Medical and sanitary report of the native army of Madras for the year
Year: 1878
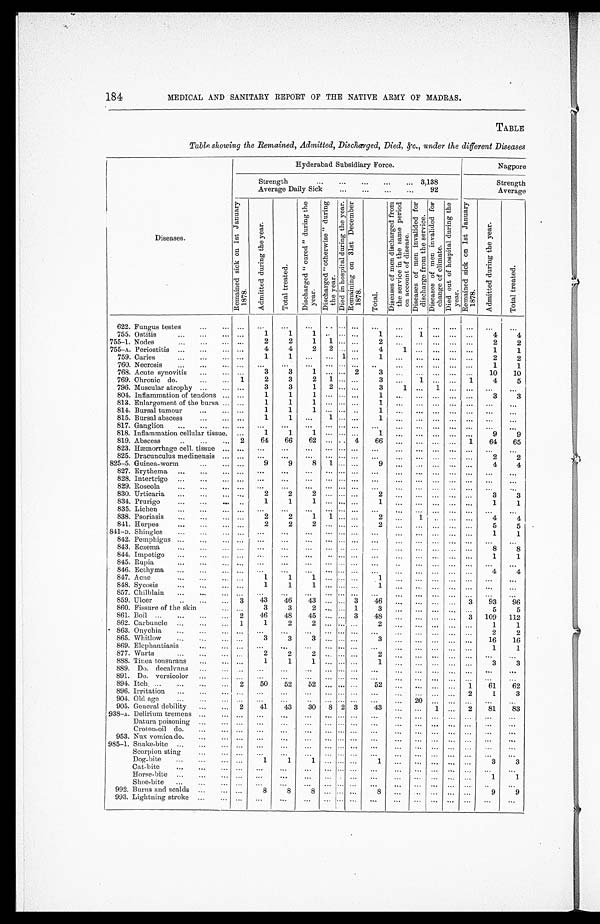
184
MEDICAL AND SANITARY REPORT OF THE NATIVE ARMY OF MADRAS.
TABLE
Table showing the Remained, Admitted, Discharged, Died, &c., under the different Diseases
Hyderabad Subsidiary Force.
Nagpore
Strength . . . 3,138
Strength
Average Daily Sick . . .92
Average
Diseases.
R e m a i n e d s i c k o n 1 s t J a n u a r y 1 8 7 8 .
A d m i t t e d d u r i n g t h e y e a r .
T o t a l t r e a t e d .
D i s c h a r g e d " c u r e d " d u r i n g t h e y e a r .
D i s c h a r g e d " o t h e r w i s e " d u r i n g t h e y e a r .
D i e d i n h o s p i t a l d u r i n g t h e y e a r . R e m a i n i n g o n 3 1 s t D e c e m b e r 1 8 7 8 .
T o t a l .
D i s e a s e s o f m e n d i s c h a r g e d f r o m t h e s e r v i c e i n t h e s a m e p e r i o d o n a c c o u n t o f d i s e a s e .
D i s e a s e s o f m e n i n v a l i d e d f o r d i s c h a r g e f r o m t h e s e r v i c e .
D i s e a s e s o f m e n i n v a l i d e d f o r c h a n g e o f c l i m a t e .
D i e d o u t o f h o s i p t a l d u r i n g t h e y e a r .
R e m a i n e d s i c k o n 1 s t J a n u a r y 1 8 7 8 .
A d m i t t e d d u r i n g t h e y e a r .
T o t a l t r e a t e d .
622. Fungus testes
. . .
. . .
. . .
. . .
. . .
. . .
. . .
. . .
. . .
. . .
. . .
. . .
. . .
. . .
. . .
. . .
755. Ostitis
. . .
. . .
1
1
1 . . .
. . .
. . .
1
. . .
1 . . .
. . .
. . .
4
4
755-1. Nodes. . .
. . .
2
2
1
1 . . .
. . .
2
. . .
. . .
. . .
. . .
. . .
2
2
755-A. Periostitis
. . .
. . .
4
4
2
2
. . .
. . .
4
1
. . .
. . .
. . .
. . .
1
1
759. Caries
. . .
. . .
1
1
. . .
. . . 1
. . .
1
. . .
. . . . . .
. . .
. . .
2
2
760. Necrosis
. . .
. . .
. . .
. . .
. . .
. . .
. . .
. . .
. . .
. . .
. . .
. . .
. . .
. . .
1
1
768. Acute synovitis
. . .
. . .
3
3
1
. . .
. . . 2
3
. . .
. . .
. . .
. . .
. . .
10
10
769. Chronic do.
. . .
1
2
3
2
1
. . .
. . .
3
. . .
1 . . .
. . . 1
4
5
796. Muscular atrophy
. . .
. . .
3
3
1
2 . . .
. . .
3
1
. . .
1
. . .
. . .
. . .
. . .
804. Inflammation of tendons . . .
. . .
1
1
1
. . .
. . .
. . .
1
. . .
. . .
. . .
. . .
. . .
3
3
813. Eulargoment of the bursa . . .
. . .
1
1
1
. . .
. . .
. . .
1
. . .
. . .
. . .
. . .
. . .
. . .
. . .
814. Bursal tumour
. . .
. . .
1
1
1
. . . . . .
. . .
1
. . .
. . .
. . .
. . .
. . .
. . .
. . .
815. Bursal abscess
. . .
. . .
1
1
. . .
1
. . .
. . .
1
. . .
. . .
. . .
. . .
. . .
. . .
. . .
817. G anglion . . .
. . .
. . .
. . .
. . .
. . .
. . .
. . .
. . .
. . .
. . . . . .
. . .
. . . . . .
. . .
818. Inflammation cellular tissue.
. . .
1
1
1
. . .
. . .
. . .
1
. . .
. . .
. . .
. . .
. . .
9
9
819. Abscess
. . . 2
64
66
62
. . . . . . 4
66
. . .
. . . . . .
. . . 1
64
65
823. Hæmorrhage cell. tissue. . .
. . .
. . .
. . .
. . .
. . .
. . .
. . .
. . .
. . .
. . .
. . .
. . .
. . .
. . .
. . .
825. Dracunculus medinensis . . .
. . .
. . .
. . .
. . .
. . .
. . .
. . .
. . .
. . .
. . .
. . .
. . .
. . .
2
2
825-5. Guinea-worm
. . .
. . .
9
9
8
1
. . .
. . .
9
. . .
. . . . . .
. . .
. . .
4
4
827. Erythema . . .
. . .
. . .
. . .
. . .
. . .
. . .
. . .
. . .
. . .
. . .
. . .
. . .
. . .
. . .
. . .
828. Intertrigo
. . .
. . .
. . .
. . .
. . .
. . .
. . .
. . .
. . .
. . .
. . .
. . .
. . .
. . .
. . .
. . .
829. Roseola
. . .
. . .
. . .
. . .
. . .
. . .
. . .
. . .
. . .
. . .
. . .
. . .
. . .
. . .
. . .
. . .
830. Urticaria. . .
. . .
2
2
2
. . . . . .
. . .
2
. . .
. . .
. . .
. . .
. . .
3
3
834. Prurigo
. . .
. . .
1
1
1
. . . . . .
. . .
1
. . .
. . . . . .
. . .
. . .
1
1
835. Lichen
. . .
. . .
. . .
. . .
. . .
. . . . . .
. . .
. . .
. . .
. . .
. . .
. . .
. . .
. . .
. . .
838. Psoriasis
. . .
. . .
2
2
1
1 . . .
. . .
2
. . .
1
. . .
. . .
. . .
4
4
841. Herpes
. . .
. . .
2
2
2
. . . . . .
. . .
2
. . .
. . .
. . .
. . .
. . .
5
5
841-D. Shingles . . .
. . .
. . .
. . .
. . .
. . .
. . .
. . .
. . .
. . .
. . .
. . .
. . .
. . .
1
1
842. Pemphigus
. . .
. . .
. . .
. . .
. . .
. . . . . .
. . .
. . .
. . .
. . .
. . .
. . .
. . .
. . .
. . .
843. Eczema
. . .
. . .
. . .
. . .
. . .
. . .
. . .
. . .
. . .
. . .
. . .
. . .
. . .
. . .
8
8
844. Impetigo
. . .
. . .
. . .
. . .
. . .
. . . . . .
. . .
. . .
. . .
. . .
. . .
. . .
. . .
1
1
845. Rupia
. . .
. . .
. . .
. . .
. . .
. . . . . .
. . .
. . .
. . .
. . .
. . .
. . .
. . .
. . .
. . .
846. Ecthyma
. . .
. . .
. . .
. . .
. . .
. . . . . .
. . .
. . .
. . .
. . .
. . .
. . .
. . .
4
4
847. A c n e . . .
. . .
1
1
1
. . . . . .
. . .
1
. . .
. . .
. . .
. . .
. . .
. . .
. . .
848. Sycosis
. . .
. . .
1
1
1
. . . . . .
. . .
1
. . .
. . .
. . .
. . .
. . .
. . .
. . .
857. Chilblain
. . .
. . .
. . .
. . .
. . .
. . .
. . .
. . .
. . .
. . .
. . .
. . . . . .
. . . . . .
. . .
859. Ulcer
. . . 3
43
46
43
. . .
. . . 3
46
. . .
. . .
. . .
. . .
3
93
96
860. Fissure of the skin . . .
. . .
3
3
2
. . .
. . . 1
3
. . .
. . .
. . .
. . .
. . .
5
5
861. Boil
. . . 2
46
48
45
. . .
. . . 3
4
. . .
. . .
. . .
. . .
3
109
112
862. Carbuncle
. . .
1
1
2
2
. . . . . .
. . .
. . .
. . .
. . .
. . .
. . .
. . .
1
1
863. Onychia
. . .
. . .
. . .
. . .
. . .
. . .
. . .
. . .
. . .
. . .
. . .
. . .
. . .
. . .
2
2
865. Whitlow
. . .
. . .
3
3
3
. . . . . .
. . .
3
. . .
. . .
. . .
. . .
. . .
16
16
869 . Elephantiasis
. . .
. . .
. . .
. . .
. . .
. . .
. . .
. . .
. . .
. . .
. . .
. . .
. . .
. . .
1
1
877. Warts
. . .
. . .
2
2
2
. . . . . .
. . .
2
. . .
. . .
. . .
. . .
. . .
. . .
. . .
888. Tinea tonsurans
. . .
. . .
1
1
1
. . . . . .
. . .
1
. . .
. . .
. . .
. . .
. . .
3
3
889. Do. decalvans . . .
. . .
. . .
. . .
. . .
. . .
. . .
. . .
. . .
. . .
. . .
. . .
. . .
. . .
. . .
. . .
89 1. Do. versicolor. . .
. . .
. . .
. . .
. . .
. . .
. . .
. . .
. . .
. . .
. . .
. . .
. . .
. . .
. . .
. . .
894. Itch . . .
2
50
52
52
. . . . . .
. . .
52
. . .
. . .
. . .
. . .
1
61
62
896. Irritation . . .
. . .
. . .
. . .
. . .
. . .
. . .
. . .
. . .
. . .
. . .
. . .
. . .
2
1
3
904. Old age
. . .
. . .
. . .
. . . . . .
. . . . . .
. . .
. . .
. . .
. . 2 0 . . . . . .
. . .
. . .
. . .
905. General debility
. . . 2
41
43
30
8 2 3
43
. . .
. . .
1
. . .
2
81
83
938-A. Delirium tremens . . .
. . .
. . .
. . .
. . .
. . .
. . .
. . .
. . .
. . .
. . .
. . .
. . .
. . .
. . .
. . .
D atura poisoning
. . .
. . .
. . .
. . .
. . .
. . .
. . .
. . .
. . .
. . .
. . .
. . .
. . .
. . .
. . .
. . .
Croton-oil do. . . .
. . .
. . .
. . .
. . .
. . .
. . .
. . .
. . .
. . .
. . .
. . .
. . .
. . .
. . .
. . .
953 . Nux vomica do.
. . .
. . .
. . .
. . .
. . .
. . .
. . .
. . .
. . .
. . .
. . . . . . . . .
. . .
. . .
. . .
985-1. Snake-bite
. . .
. . .
. . .
. . .
. . .
. . .
. . .
. . .
. . .
. . .
. . .
. . .
. . .
. . .
. . .
. . .
Scorpion sting . . .
. . .
. . .
. . .
. . .
. . .
. . .
. . .
. . .
. . .
. . .
. . .
. . .
. . .
. . .
. . .
Dog-bite
. . .
. . .
1
1
1
. . . . . .
. . .
1
. . .
. . .
. . .
. . .
. . .
3
3
Cat-bite
. . .
. . .
. . .
. . .
. . .
. . .
. . .
. . .
. . .
. . .
. . .
. . .
. . .
. . .
. . .
. . .
Horse-bite . . .
. . .
. . .
. . .
. . .
. . .
. . .
. . .
. . .
. . .
. . .
. . .
. . .
. . .
1
1
S hoe-bite
. . .
. . .
. . .
. . .
. . .
. . .
. . .
. . .
. . .
. . .
. . .
. . .
. . .
. . .
. . .
. . .
992. Burns and scalds . . .
. . .
8
8
8
. . .
. . .
. . .
8
. . .
. . . . . .
. . .
. . .
9
9
993. Lightning stroke
. . .
. . .
. . .
. . .
. . .
. . .
. . .
. . .
. . .
. . .
. . .
. . .
. . .
. . .
. . .
. . .